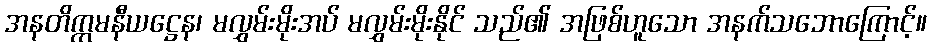
အနတိက္ကမနီယဋ္ဌေန၊ မလွှမ်းမိုးအပ် မလွှမ်းမိုးနိုင် သည်၏ အဖြစ်ဟူသော အနက်သဘောကြောင့်။